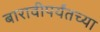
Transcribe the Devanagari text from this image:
बारावीपर्यँतच्या